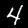
Digit: 4